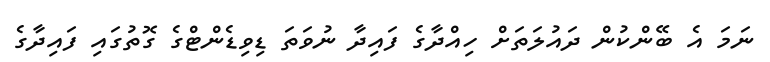
ނަމަ އެ ބޭންކުން ދައުލަތަށް ހިއްދާގެ ފައިދާ ނުވަތަ ޑިވިޑެންޓްގެ ގޮތުގައި ފައިދާގެ